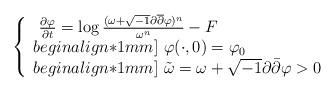
LaTeX: \begin{align*}\left\{ \begin{array}{ll}\ \frac{\partial\varphi}{\partial t}=\log\frac{(\omega+\sqrt{-1}\partial\overline{\partial}\varphi)^{n}}{\omega^{n}}-F \\begin{align*}1mm]\ \varphi(\cdot,0)=\varphi_{0}\\begin{align*}1mm]\ \tilde{\omega}=\omega+\sqrt{-1}\partial\bar{\partial}\varphi>0\end{array}\right.\end{align*}